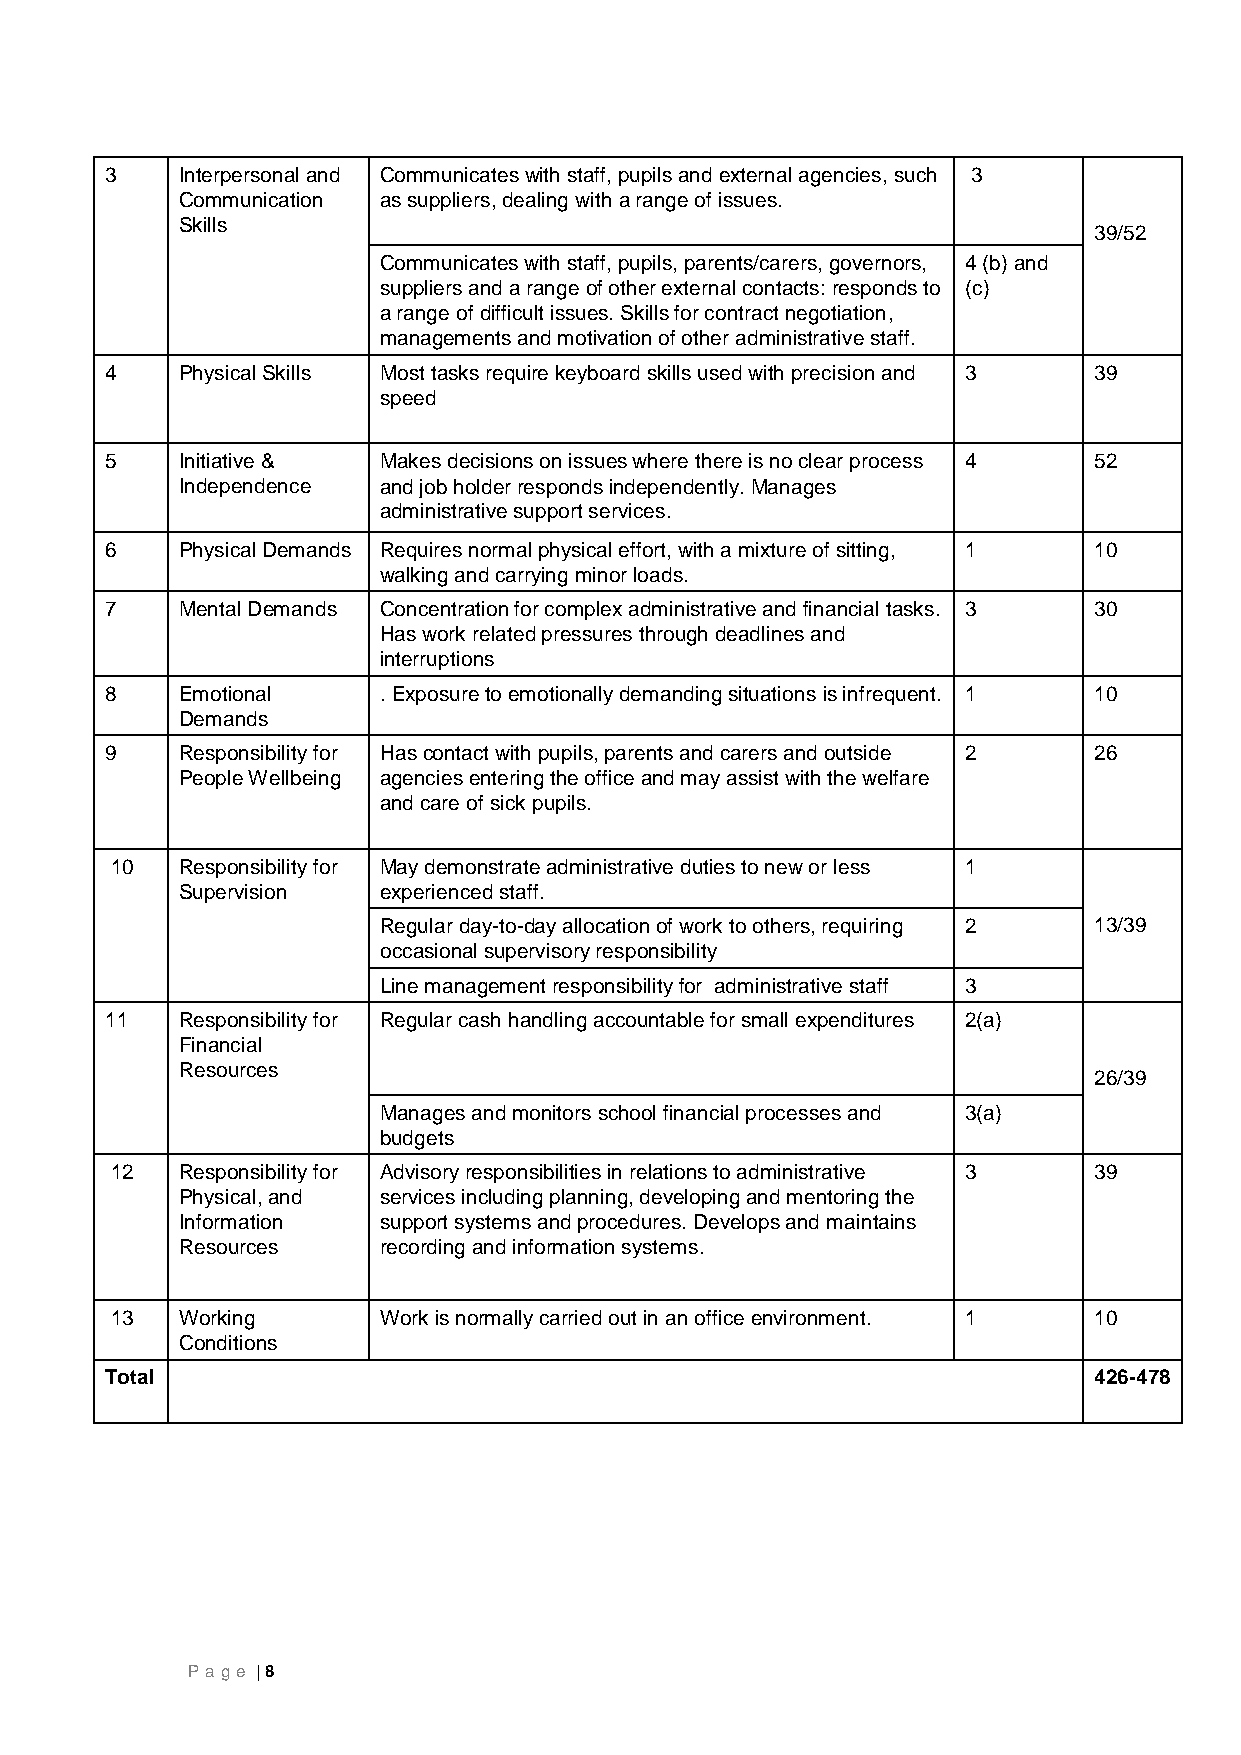
3    Interpersonal and Communicates with staff, pupils and external agencies, such 3
 Communication as suppliers, dealing with a range of issues.
 Skills
 39/52
 Communicates with staff, pupils, parents/carers, governors, 4 (b) and
 suppliers and a range of other external contacts: responds to (c)
 a range of difficult issues. Skills for contract negotiation,
 managements and motivation of other administrative staff.
 4    Physical Skills Most tasks require keyboard skills used with precision and 3 39
 speed
 5    Initiative & Makes decisions on issues where there is no clear process 4 52
 Independence and job holder responds independently. Manages
 administrative support services.
 6    Physical Demands Requires normal physical effort, with a mixture of sitting, 1 10
 walking and carrying minor loads.
 7    Mental Demands Concentration for complex administrative and financial tasks. 3 30
 Has work related pressures through deadlines and
 interruptions
 8    Emotional    . Exposure to emotionally demanding situations is infrequent. 1 10
 Demands
 9    Responsibility for Has contact with pupils, parents and carers and outside 2 26
 People Wellbeing agencies entering the office and may assist with the welfare
 and care of sick pupils.
 10   Responsibility for May demonstrate administrative duties to new or less 1
 Supervision  experienced staff.
 Regular day-to-day allocation of work to others, requiring 2 13/39
 occasional supervisory responsibility
 Line management responsibility for administrative staff 3
 11   Responsibility for Regular cash handling accountable for small expenditures 2(a)
 Financial
 Resources
 26/39
 Manages and monitors school financial processes and 3(a)
 budgets
 12   Responsibility for Advisory responsibilities in relations to administrative 3 39
 Physical, and services including planning, developing and mentoring the
 Information  support systems and procedures. Develops and maintains
 Resources    recording and information systems.
 13   Working      Work is normally carried out in an office environment. 1 10
 Conditions
 Total                                                            426-478
 P age | 8